Civil Veterinary Department Bihar reports 1940-50 - 1940-1950
Year: 1940
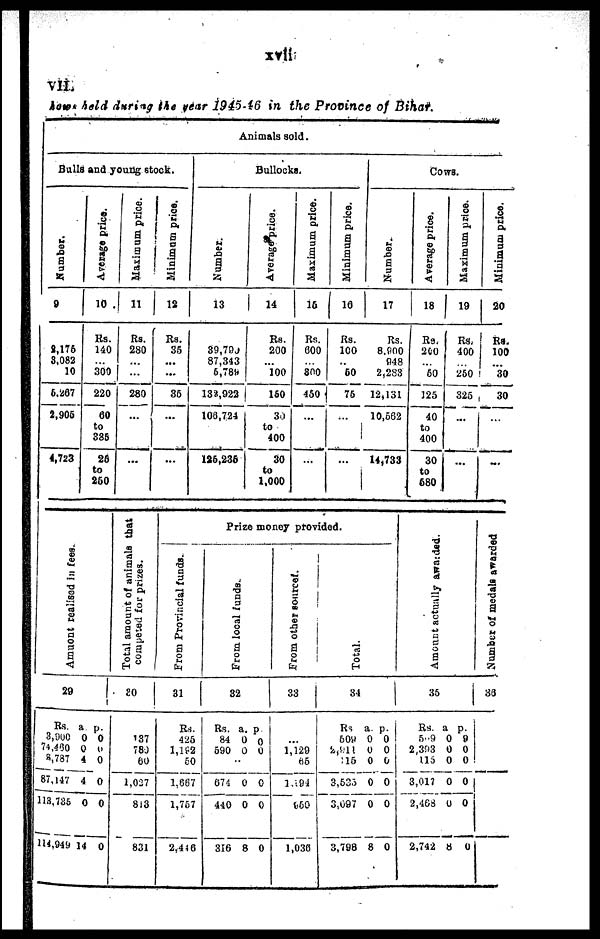
xvii
VII
kown held during the year 1945-46 in the Province of Bihar.
Animals sold.
Bulls and young stock.
Number.
9
8,176
8,082
10
6.267
2,905
4,723
Average price.
10
Rs.
140
...
300
220
60
to
385
26
to
250
Maximum price.
11
Rs.
280
...
...
280
...
...
Minimum price.
12
Rs.
35
...
...
35
...
...
Bullocks.
Number.
13
39,790
87,343
6,789
138,922
100,724
125,236
Average price.
14
Rs.
200
...
100
150
30
to
400
300
to
1,000
Maximum price.
15
Rs.
000
...
800
460
...
...
Minimum price.
16
Rs.
100
...
50
75
...
...
Cows.
Number.
17
Rs.
8,900
948
2,283
12,131
10,562
14,733
Average price.
18
Re.
200
...
60
125
40
to
400
30
to
680
Maximum price.
19
Rs.
400
...
250
325
...
...
Minimum price.
20
Rs.
100
...
30
30
...
...
Amu o n t r e a l i s e d in f ees.
29
Rs.
3,900
74,460
8,787
87.147
113,736
114,949
a.
0
0
4
4
0
14
p.
0
0
0
0
0
0
Total amount of animals that
competed for prizes.
30
187
780
80
1,027
813
831
Prize money provided.
From Provincial funds.
31
Rs.
425
1,182
60
1,667
1,767
2,446
Fr om l ocal f unds
.
32
Rs.
84
590
674
440
316
a.
0
0
0
0
8
p.
0
0
0
0
0
From other sourcef.
33
...
1,129
65
1,491
950
1,036
Total.
34
Rs
609
2,911
:15
3.535
3,097
3,798
a.
0
0
0
0
0
8
p.
0
0
0
0
0
0
Amount actually awarded.
35
Rs.
5 9
2,393
115
3,017
2,468
2,742
a.
0
0
0
0
0
8
p.
9
0
0
0
0
0
Number
of medals awarded
36